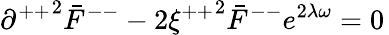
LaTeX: {\partial^{++}}^{2}{\bar{F}}^{--}-2{\xi^{++}}^{2}{\bar{F}}^{--}e^{2\lambda\omega}=0\,